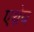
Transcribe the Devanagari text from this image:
एथ्रेय